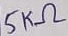
Text: 5KΩ